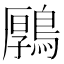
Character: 𪃱